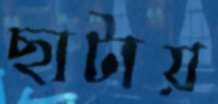
ছাটায়